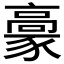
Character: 𩫕